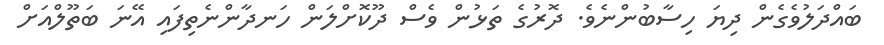
ބައްދަލުވެގެން ދިޔަ ހިސާބުންނެވެ. ދޮރުގެ ތަޅުން ވެސް ދޫކޮށްލަން ހަނދާންނެތިފައި އޭނަ ބަތޫލްއަށް